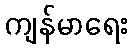
ကျန်မာရေး